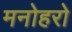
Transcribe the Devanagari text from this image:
मनोहरो